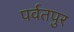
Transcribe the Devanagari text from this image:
पर्वतपुर